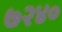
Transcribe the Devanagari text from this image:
७२४०